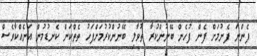
ފެންނަ ފެނުމަށް ފެން ފުހެން ބޭނުންކުރާ ތުވާލި ބޭނުންކުރުމަށްފަހު ތެތްކަން ކެނޑުމުން އަނެއްކާވެސް